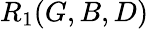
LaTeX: R_{1}(G,B,D)